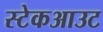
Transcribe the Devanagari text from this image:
स्टेकआउट